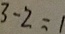
3 - 2 = 1